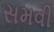
સમવી